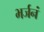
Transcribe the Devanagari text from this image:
भर्जनं